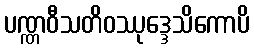
ပဏ္ဏဝီသတိဝဿုဒ္ဒေသိကောပိ